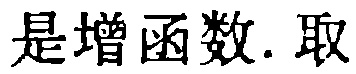
是增函数. 取